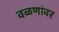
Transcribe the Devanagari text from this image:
वळणांवर